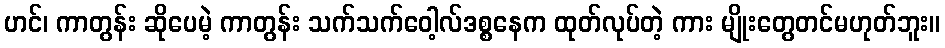
ဟင်၊ ကာတွန်း ဆိုပေမဲ့ ကာတွန်း သက်သက်ဝေါ့လ်ဒစ္စနေက ထုတ်လုပ်တဲ့ ကား မျိုးတွေတင်မဟုတ်ဘူး။